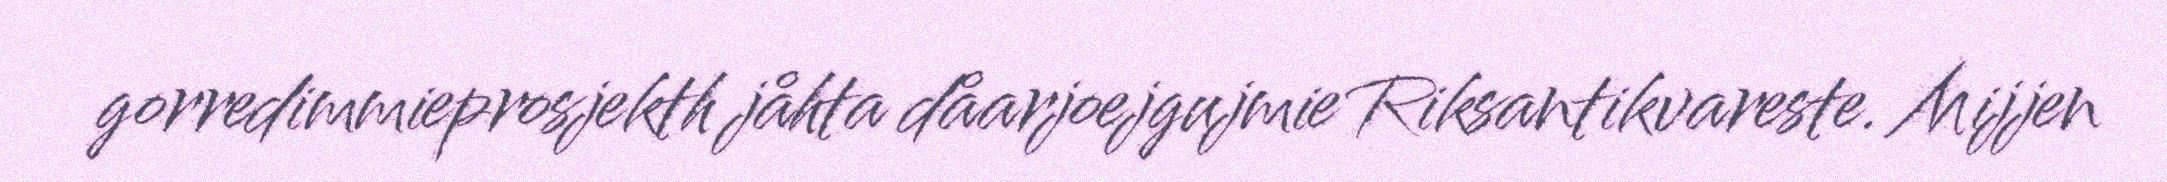
gorredimmieprosjekth jåhta dåarjoejgujmie Riksantikvareste. Mijjen